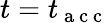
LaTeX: t=t_{\mathrm{~a~c~c~}}